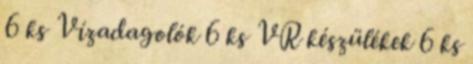
6 ks Vízadagolók 6 ks VR készülékek 6 ks